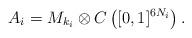
LaTeX: \begin{align*}A_i=M_{k_i}\otimes C\left( [0,1]^{6N_i}\right).\end{align*}